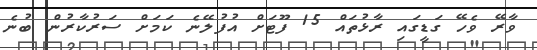
ވާރޭ ވެހޭ ގަޑީގައި ރާޅުތައް 15 ފޫޓަށް އުފުލޭނެ ކަމަށް ސަރުކާރުން ބުނެ